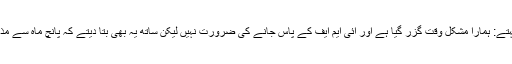
ایک سانس میں وہ کہتے: ہمارا مشکل وقت گزر گیا ہے اور آئی ایم ایف کے پاس جانے کی ضرورت نہیں لیکن ساتھ یہ بھی بتا دیتے کہ پانچ ماہ سے مذاکرات چل رہے ہیں۔